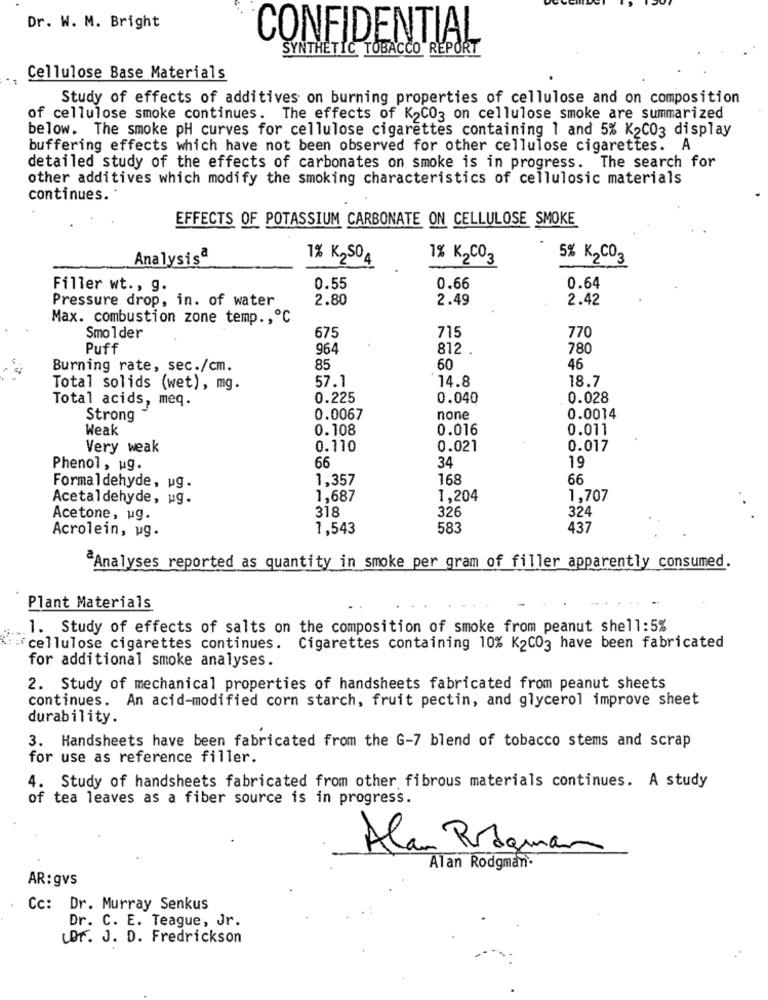
Dr. W. M. Bright
CONFIDENTIAL
SYNTHETIC TOBACCO REPORT
Cellulose Base Materials
Study of effects of additives on burning properties of cellulose and on composition
of cellulose smoke continues. The effects of K2C03 on cellulose smoke are summarized
below. The smoke pH curves for cellulose cigarettes containing 1 and 5% K2C03 display
buffering effects which have not been observed for other cellulose cigarettes. A
detailed study of the effects of carbonates on smoke is in progress. The search for
other additives which modify the smoking characteristics of cellulosic materials
continues.
EFFECTS OF POTASSIUM CARBONATE ON CELLULOSE SMOKE
Analysisª
1% K2SO4
1% K2CO3
5% K2CO3
Filler wt ., g.
0.55
0.66
0.64
Pressure drop, in. of water
2.80
2.49
2.42
Max. combustion zone temp ., ℃
675
715
770
Smolder
Puff
964
812
780
Burning rate, sec./cm.
85
60
46
57.1
14.8
18.7
Total solids (wet), mg.
Total acids, meq.
0.225
0.040
0.028
Strong
0.0067
none
0.0014
Weak
0.108
0.016
0.011
Very weak
0.110
0.021
0.017
66
34
Phenol, ug.
19
1,357
168
66
Formaldehyde, ug.
Acetaldehyde, ug.
1,687
1,204
1,707
318
326
324
Acetone, ug.
Acrolein, ug.
1,543
583
437
Analyses reported as quantity in smoke per gram of filler apparently consumed.
Plant Materials
1. Study of effects of salts on the composition of smoke from peanut shell:5%
cellulose cigarettes continues.
Cigarettes containing 10% K2CO3 have been fabricated
for additional smoke analyses.
2. Study of mechanical properties of handsheets fabricated from peanut sheets
continues. An acid-modified corn starch, fruit pectin, and glycerol improve sheet
durability.
3. Handsheets have been fabricated from the G-7 blend of tobacco stems and scrap
for use as reference filler.
4. Study of handsheets fabricated from other fibrous materials continues. A study
of tea leaves as a fiber source is in progress.
Alan Ragman
Alan Rodgman.
AR: gvs
Cc: Dr. Murray Senkus
Dr. C. E. Teague, Jr.
Dr. J. D. Fredrickson